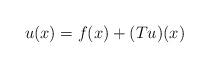
LaTeX: \begin{align*}u(x) = f(x) + (Tu)(x)\end{align*}